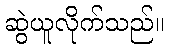
ဆွဲယူလိုက်သည်။